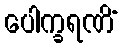
ပေါက္ခရဏိံ